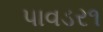
પાવડર૧